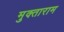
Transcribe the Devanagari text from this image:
मुक्ताराम